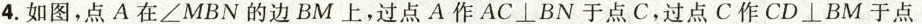
4.如图，点A在$$ ∠M B N $$的边BM上，过点A作AC⊥BN于点C，过点C作CD⊥BM于